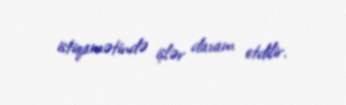
istiqamətində işlər davam etdilir.